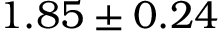
1 . 8 5 \pm 0 . 2 4